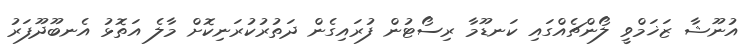
އުނޫޝާ ޒަޚަމްވީ ލޯންޗެއްގައި ކަނޑޫމާ ރިސޯޓުން ފުރައިގެން ދަތުރުކުރަނިކޮށް މާލެ އަތޮޅު އެނބޫދޫފަރު